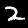
Label: 2